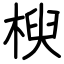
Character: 楰